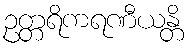
ဥတ္တရိကရဏီယန္တိ